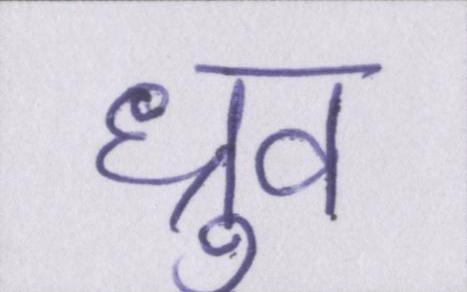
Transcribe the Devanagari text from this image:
ध्रुव